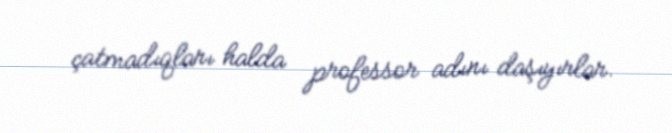
çatmadıqları halda professor adını daşıyırlar.